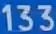
133